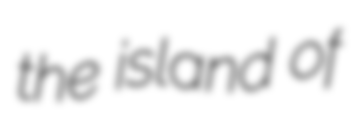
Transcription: the island of